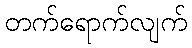
တက်ရောက်လျက်